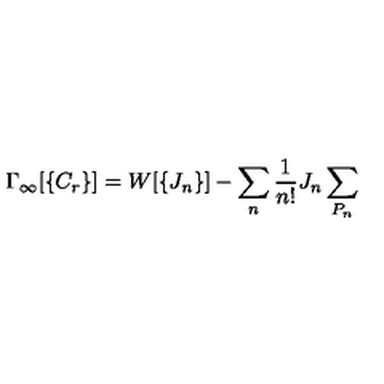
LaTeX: \Gamma _ { \infty } [ \{ C _ { r } \} ] = W [ \{ J _ { n } \} ] - \sum _ { n } { \frac { 1 } { n ! } } J _ { n } \sum _ { P _ { n } }